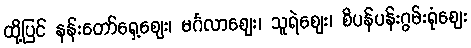
ထို့ပြင် နန်းတော်ရှေ့ဈေး၊ မင်္ဂလာဈေး၊ သူရဲဈေး၊ စိပန်ပန်းဂွမ်းရုံဈေး